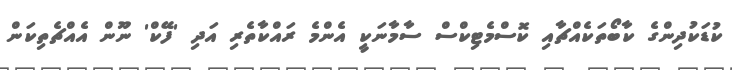
ކުޑަކުދިންގެ ކާބޯތަކެއްޗާއި ކޮސްމެޓިކްސް ސާމާނަކީ އެންމެ ރައްކާތެރި އަދި 'ފޭކް' ނޫން އެއްޗެތިކަން